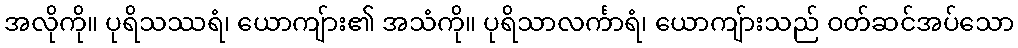
အလိုကို။ ပုရိသဿရံ၊ ယောကျ်ား၏ အသံကို။ ပုရိသာလင်္ကာရံ၊ ယောကျ်ားသည် ဝတ်ဆင်အပ်သော